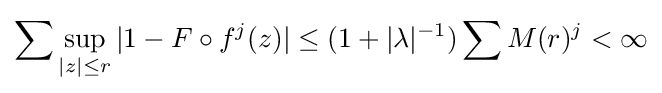
\sum \sup _{|z|\leq r}|1-F\circ f^{j}(z)|\leq (1+|\lambda |^{-1})\sum M(r)^{j}<\infty